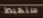
سنهبط